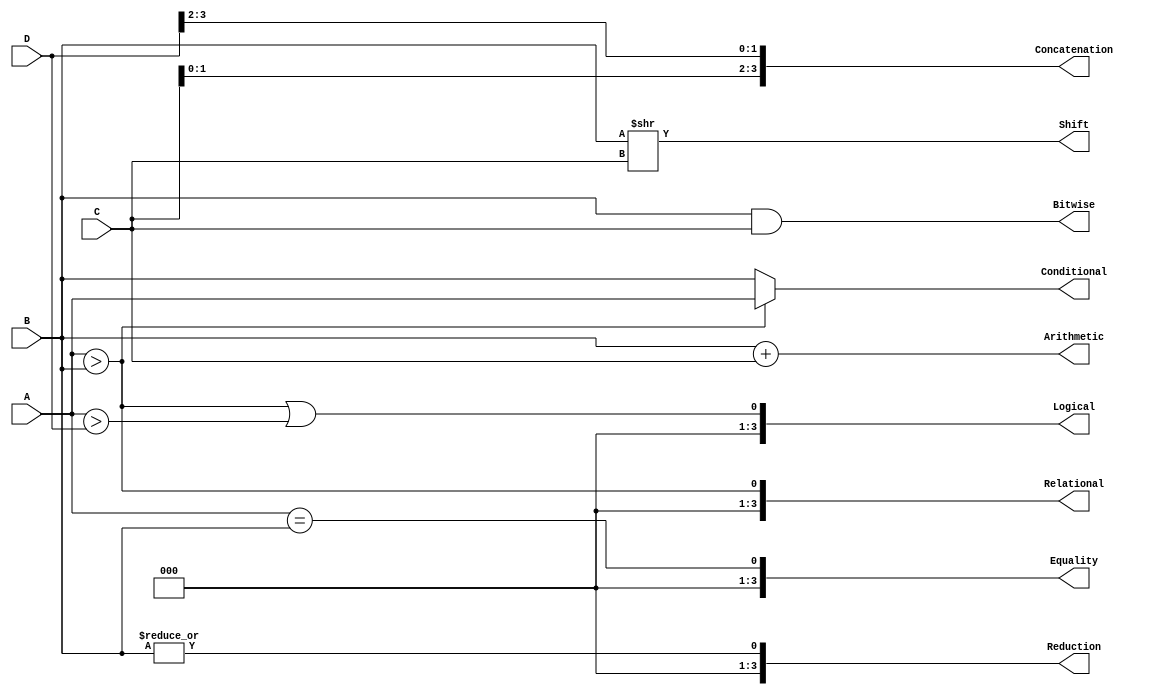
module operators
(
    input [3:0] A,
    input [3:0] B,
    input [3:0] C,
    input [3:0] D,
    output [3:0] Arithmetic,
    output [3:0] Shift,
    output [3:0] Relational,
    output [3:0] Equality,
    output [3:0] Bitwise,
    output [3:0] Reduction,
    output [3:0] Logical,
    output [3:0] Concatenation, 
    output [3:0] Conditional
);

    assign Arithmetic = B + C;
    assign Shift = B >> C;
    assign Relational = A > B;
    assign Equality = A == B;
    assign Bitwise =B & C;
    assign Reduction = |B;
    assign Logical = (A > B) || (A > D);
    assign Concatenation = {C[1:0], D[3:2]};
    assign Conditional = (A > B) ? A : B;

endmodule